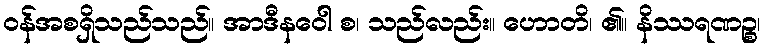
ဝန်အစရှိသည်သည်။ အာဒီနဝေါ စ၊ သည်လည်း။ ဟောတိ၊ ၏။ နိဿရဏဉ္စ၊